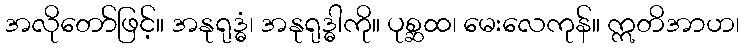
အလိုတော်ဖြင့်။ အနုရုဒ္ဓံ၊ အနုရုဒ္ဓါကို။ ပုစ္ဆထ၊ မေးလေကုန်။ ဣတိအာဟ၊